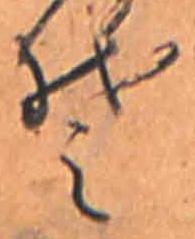
そ